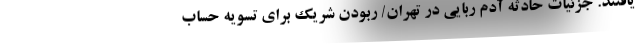
یافتند. جزئیات حادثه آدم ربایی در تهران/ ربودن شریک برای تسویه حساب